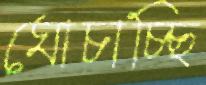
ঘোচাচ্ছি